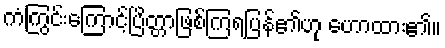
ကံကြွင်းကြောင့်ပြိတ္တာဖြစ်ကြရပြန်၏ဟု ဟောထား၏။